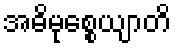
အဓိမုစ္စေယျာတိ